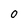
Character: 0